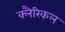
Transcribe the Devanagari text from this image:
क्लैरिकल